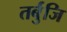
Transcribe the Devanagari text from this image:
तर्बुजि